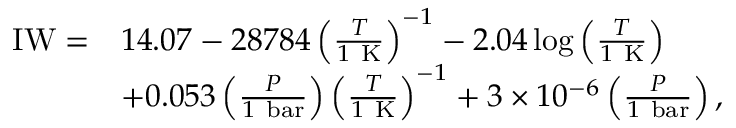
\begin{array} { r l } { \mathrm { I W } = } & { 1 4 . 0 7 - 2 8 7 8 4 \left( \frac { T } { 1 \mathrm { ~ K } } \right) ^ { - 1 } - 2 . 0 4 \log { \left( \frac { T } { 1 \mathrm { ~ K } } \right) } } \\ & { + 0 . 0 5 3 \left( \frac { P } { 1 \mathrm { ~ b a r } } \right) \left( \frac { T } { 1 \mathrm { ~ K } } \right) ^ { - 1 } + 3 \times 1 0 ^ { - 6 } \left( \frac { P } { 1 \mathrm { ~ b a r } } \right) , } \end{array}